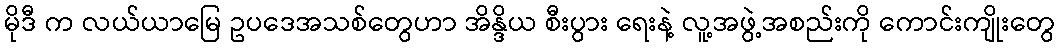
မိုဒီ က လယ်ယာမြေ ဥပဒေအသစ်တွေဟာ အိန္ဒိယ စီးပွား ရေးနဲ့ လူ့အဖွဲ့အစည်းကို ကောင်းကျိုးတွေ